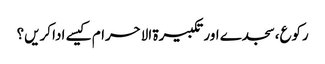
رکوع،سجدے اور تکبیرۃ الاحرام کیسے ادا کریں؟